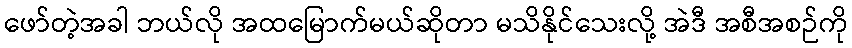
ဖော်တဲ့အခါ ဘယ်လို အထမြောက်မယ်ဆိုတာ မသိနိုင်သေးလို့ အဲဒီ အစီအစဉ်ကို